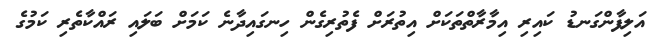
އަލިފާންގަނޑު ކައިރި އިމާރާތްތަކަށް އިތުރަށް ފެތުރިގެން ހިނގައިދާނެ ކަމަށް ބަލައި ރައްކާތެރި ކަމުގެ